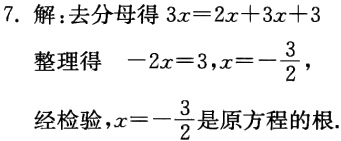
7. 解：去分母得 \(3x = 2x + 3x + 3\)

整理得 \(-2x = 3\)，\(x = -\frac{3}{2}\)，

经检验，\(x = -\frac{3}{2}\) 是原方程的根.